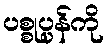
ပစ္စုပ္ပန်ကို